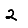
Digit: 2